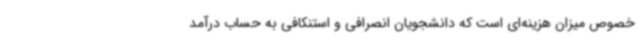
خصوص میزان هزینه‌ای است که دانشجویان انصرافی و استنکافی به حساب درآمد